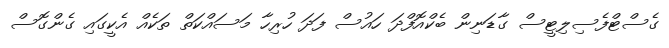
ގެސްޓްފެސިލިޓީސް ގާޑަނިން ބެކްއޮފްދަ ހައުސް ފަދަ ހުރިހާ މަސައްކަތް ތަކެއް އެކީގައި ގެންގޮސް